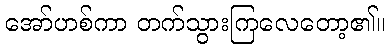
အော်ဟစ်ကာ တက်သွားကြလေတော့၏။